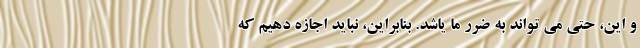
و این، حتی می تواند به ضرر ما یاشد. بنابراین، نباید اجازه دهیم که